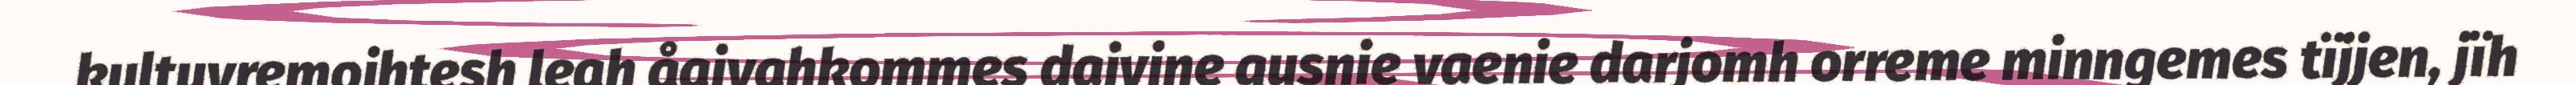
kultuvremojhtesh leah åajvahkommes dajvine gusnie vaenie darjomh orreme minngemes tïjjen, jïh